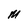
Character: M